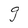
Character: g